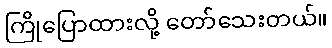
ကြိုပြောထားလို့ တော်သေးတယ်။